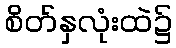
စိတ်နှလုံးထဲ၌